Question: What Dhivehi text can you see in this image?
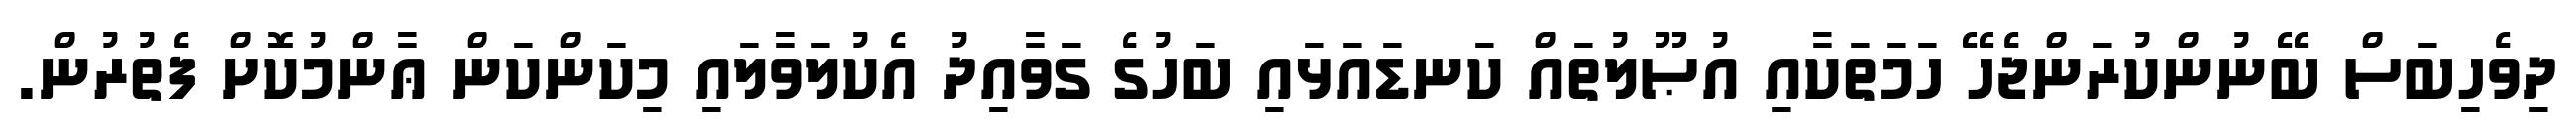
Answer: ދިވެހިބަސް ބޭނުންކުރަންޖެހޭ ހަމަތަކާއި އުޞޫލުތައް ކަނޑައަޅައި ބަހުގެ ގަވާއިދު އެކުލަވާލައި މިކަންކަން ޢާންމުކޮށް ފެތުރުން.